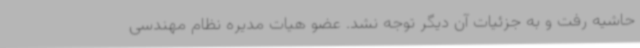
حاشیه رفت و به جزئیات آن دیگر توجه نشد. عضو هیات مدیره نظام مهندسی